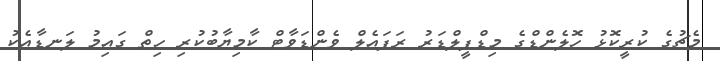
މެޗުގެ ކުރީކޮޅު ހޮލެންޑްގެ މިޑްފީލްޑަރު ރަފައެލް ވެންޑަވާޓް ކާމިޔާބުކުރި ހިތް ގައިމު ލަނޑާއެކު